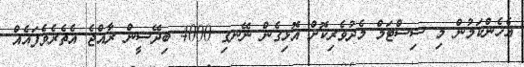
އެހެންކަމުން މި ސިސްޓަމް މެދުވެރިކޮށް އޮޅިގެން ނޭނގި 4000 ބިދޭސީން ރާއްޖެ އެތެރެވެފައެއް